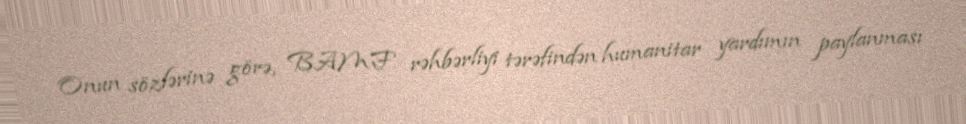
Onun sözlərinə görə, BAMF rəhbərliyi tərəfindən humanitar yardımın paylanması